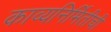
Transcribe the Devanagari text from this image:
काव्यनिर्मितीची